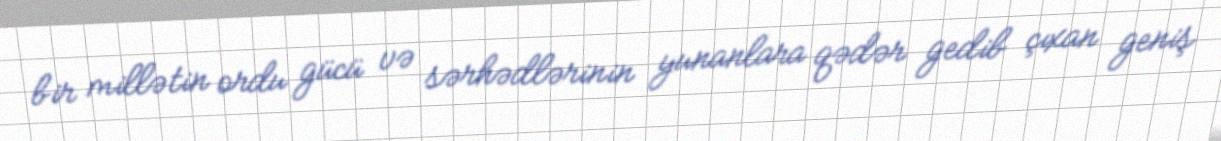
bir millətin ordu gücü və sərhədlərinin yunanlara qədər gedib çıxan geniş